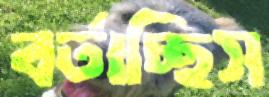
বর্তাচ্ছিস